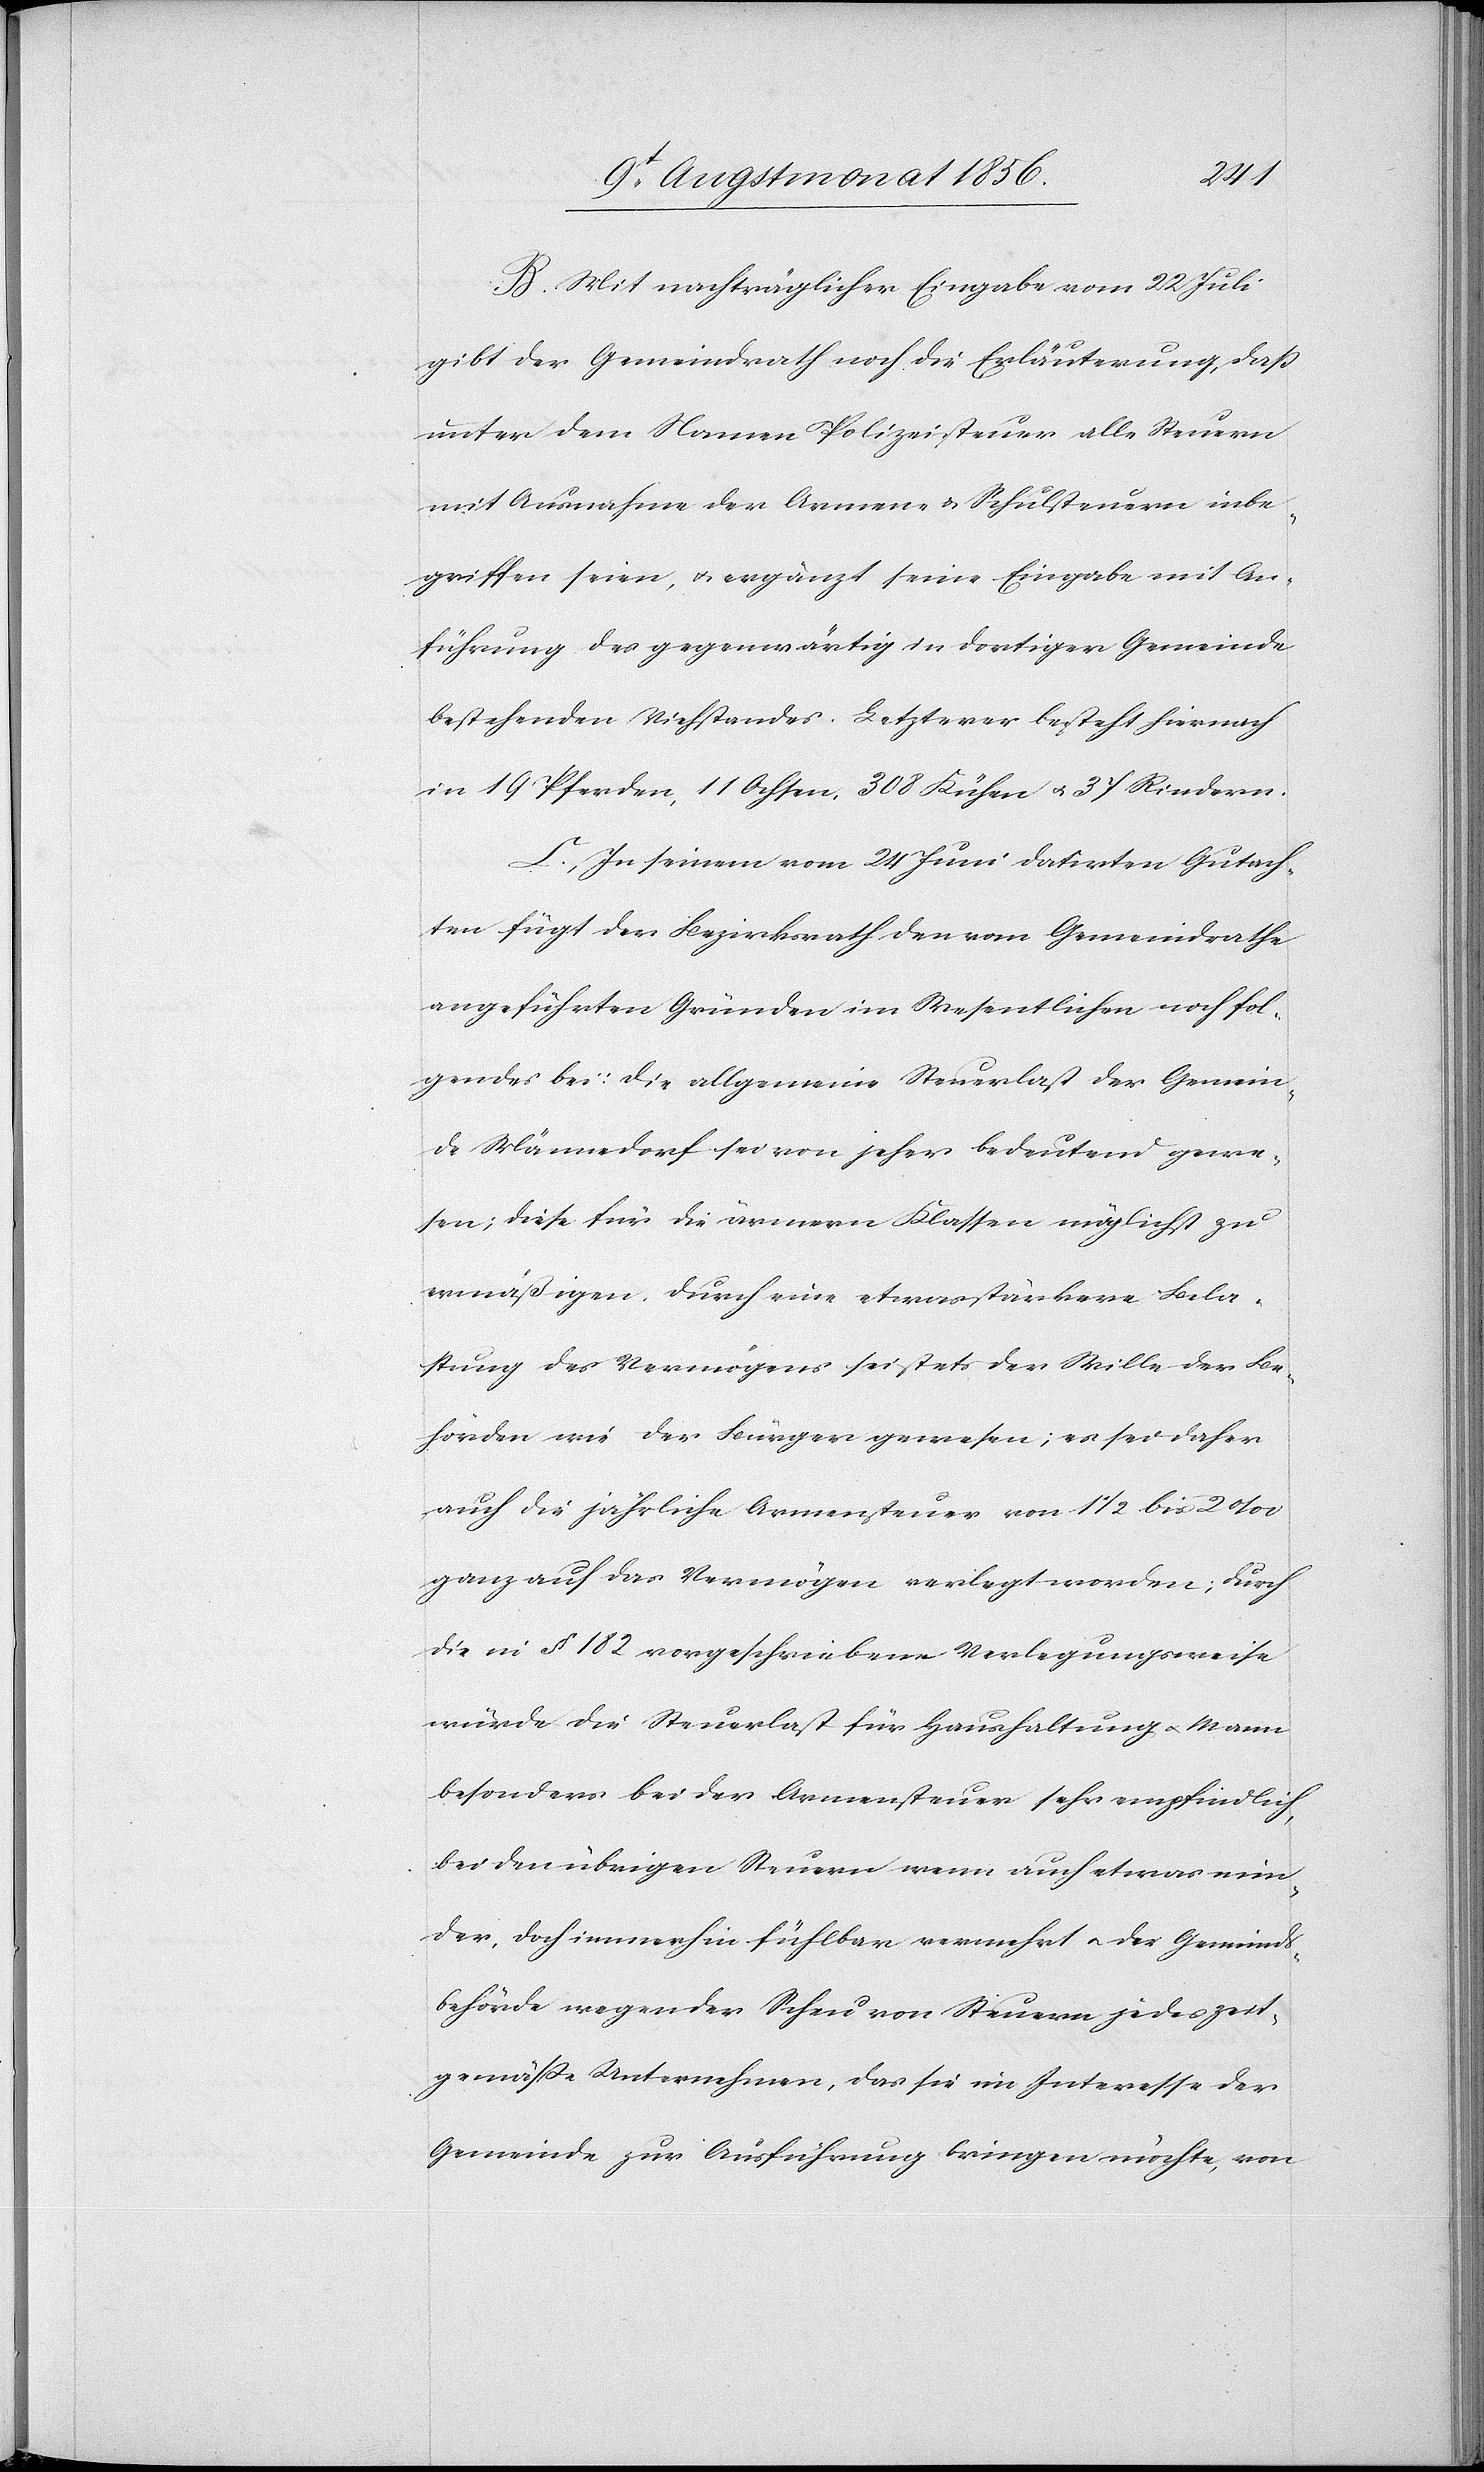
B. Mit nachträglicher Eingabe vom 22 Juli
gibt der Gemeindrath noch die Erläuterung, dass
unter dem Namen Polizeisteuer alle Steuern
mit Ausnahme der Armen- & Schulsteuern inbe¬
griffen seien, u. ergänzt seine Eingabe mit An¬
führung des gegenwärtig in dortiger Gemeinde
bestehenden Viehstandes. Letzterer besteht hiernach
in 19 Pferden, 11 Ochsen, 308 Kühen u. 37 Rindern.
C. In seinem vom 24 Juni datirten Gutach¬
ten fügt der Bezirksrath den vom Gemeindrathe
angeführten Gründen im Wesentlichen noch fol¬
gendes bei: die allgemeine Steuerlast der Gemein¬
de Männedorf sei von jeher bedeutend gewe¬
sen; diese für die ärmern Klassen möglichst zu
ermäßigen durch eine etwas stärkere Bela¬
stung des Vermögens sei stets der Wille der Be¬
hörden wie der Bürger gewesen; es sei daher
auch die jährliche Armensteuer von 1 ½ bis 2‰
ganz auf das Vermögen verlegt worden; durch
die in § 182 vorgeschriebene Verlegungsweise
würde die Steuerlast für Haushaltung u. Mann
besonders bei der Armensteuer sehr empfindlich,
bei den übrigen Steuern wenn auch etwas min¬
der, doch immerhin fühlbar vermehrt u. der Gemeinds¬
behörde wegen der Scheu von Steuern jedes zeit¬
gemässe Unternehmen, das sie im Interesse der
Gemeinde zur Ausführung bringen möchte, von